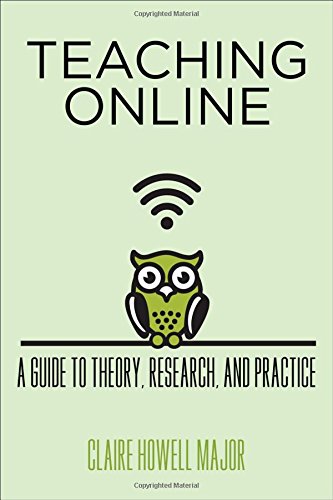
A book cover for Teaching Online: A Guide to Theory, Research, and Practice (Tech.edu: A Hopkins Series on Education and Technology); Claire Howell Major; Education & Teaching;